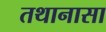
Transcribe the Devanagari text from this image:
तथानासा